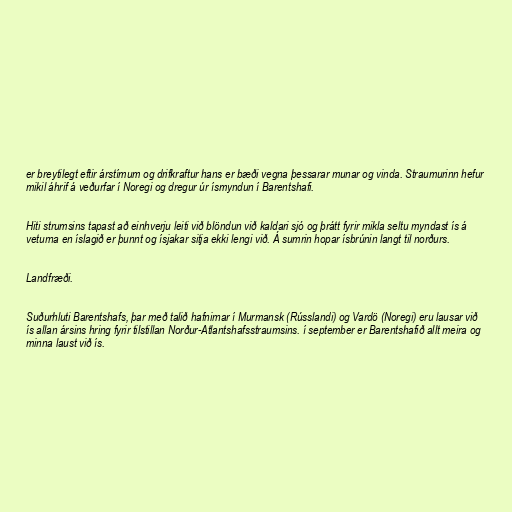
er breytilegt eftir árstímum og drifkraftur hans er bæði vegna þessarar munar og vinda. Straumurinn hefur
mikil áhrif á veðurfar í Noregi og dregur úr ísmyndun í Barentshafi.

Hiti strumsins tapast að einhverju leiti við blöndun við kaldari sjó og þrátt fyrir mikla seltu myndast ís á
veturna en íslagið er þunnt og ísjakar sitja ekki lengi við. Á sumrin hopar ísbrúnin langt til norðurs.

Landfræði.

Suðurhluti Barentshafs, þar með talið hafnirnar í Murmansk (Rússlandi) og Vardö (Noregi) eru lausar við
ís allan ársins hring fyrir tilstillan Norður-Atlantshafsstraumsins. í september er Barentshafið allt meira og
minna laust við ís.